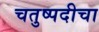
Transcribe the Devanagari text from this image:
चतुष्पदीचा